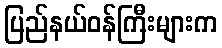
ပြည်နယ်ဝန်ကြီးများက